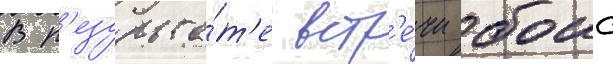
В р'езульта́т'е встр'е́чи боис